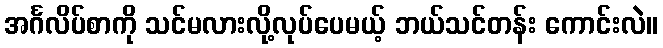
အင်္ဂလိပ်စာကို သင်မလားလို့လုပ်ပေမယ့် ဘယ်သင်တန်း ကောင်းလဲ။